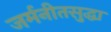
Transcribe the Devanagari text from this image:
जर्मनीतसुद्धा